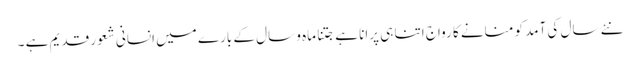
نئے سال کی آمد کو منانے کا رواج اتنا ہی پرانا ہے جتنا ماہ و سال کے بارے میں انسانی شعور قدیم ہے ۔